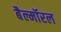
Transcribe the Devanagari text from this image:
बैल्मॉरल